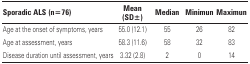
<table><thead><tr><td><b>Sporadic ALS (n=76)</b></td><td><b>Mean (SD±)</b></td><td><b>Median</b></td><td><b>Minimun</b></td><td><b>Maximun</b></td></tr></thead><tbody><tr><td>Age at the onset of symptoms, years</td><td>55.0 (12.1)</td><td>55</td><td>26</td><td>82</td></tr><tr><td>Age at assessment, years</td><td>58.3 (11.6)</td><td>58</td><td>32</td><td>83</td></tr><tr><td>Disease duration until assessment, years</td><td>3.32 (2.8)</td><td>2</td><td>0</td><td>14</td></tr></tbody></table>